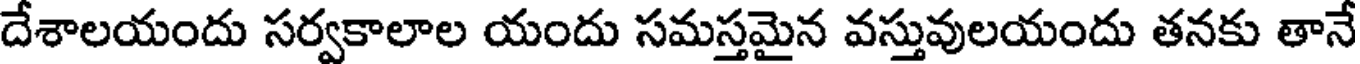
దేశాలయందు సర్వకాలాల యందు సమస్తమైన వస్తువులయందు తనకు తానే